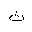
Letter: _tha